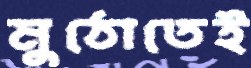
মুঠোতেই